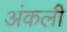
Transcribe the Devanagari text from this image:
अंकली